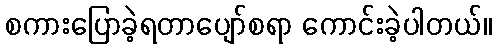
စကားပြောခဲ့ရတာပျော်စရာ ကောင်းခဲ့ပါတယ်။